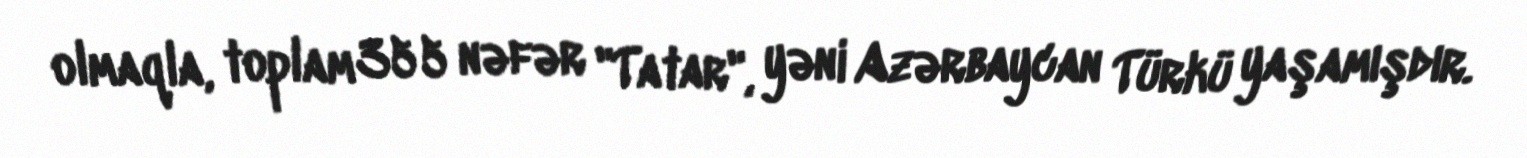
olmaqla, toplam 355 nəfər "Tatar", yəni Azərbaycan Türkü yaşamışdır.